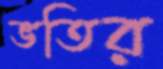
ভতির